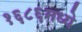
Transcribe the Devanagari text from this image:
१६८६मध्ये